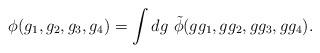
LaTeX: \begin{align*} \phi(g_1,g_2,g_3,g_4) = \int dg\ \tilde{\phi}(g g_1,g g_2,g g_3,g g_4) .\end{align*}